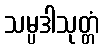
သမ္ပဒါသုတ္တံ